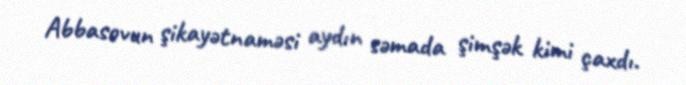
Abbasovun şikayətnaməsi aydın səmada şimşək kimi çaxdı.